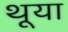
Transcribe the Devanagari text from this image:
थूया